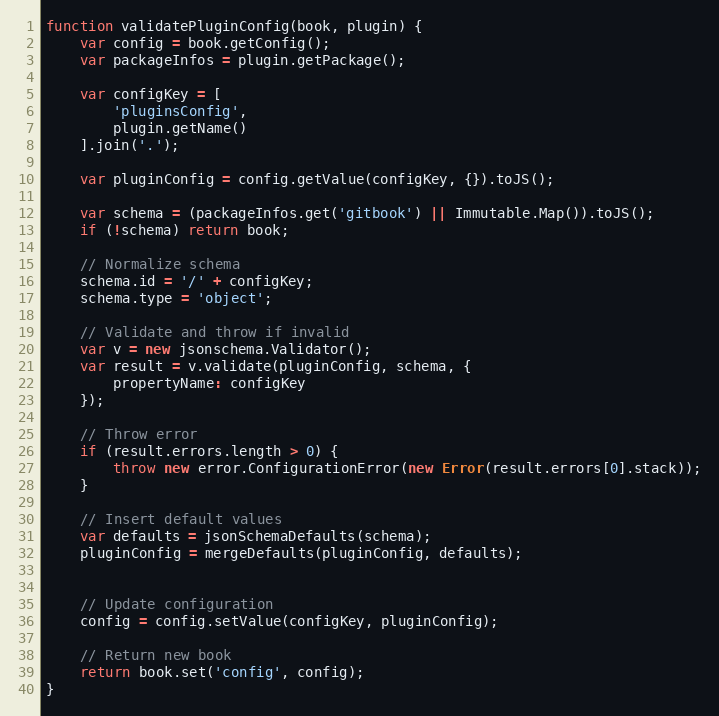
Language: JavaScript
function validatePluginConfig(book, plugin) {
    var config = book.getConfig();
    var packageInfos = plugin.getPackage();

    var configKey = [
        'pluginsConfig',
        plugin.getName()
    ].join('.');

    var pluginConfig = config.getValue(configKey, {}).toJS();

    var schema = (packageInfos.get('gitbook') || Immutable.Map()).toJS();
    if (!schema) return book;

    // Normalize schema
    schema.id = '/' + configKey;
    schema.type = 'object';

    // Validate and throw if invalid
    var v = new jsonschema.Validator();
    var result = v.validate(pluginConfig, schema, {
        propertyName: configKey
    });

    // Throw error
    if (result.errors.length > 0) {
        throw new error.ConfigurationError(new Error(result.errors[0].stack));
    }

    // Insert default values
    var defaults = jsonSchemaDefaults(schema);
    pluginConfig = mergeDefaults(pluginConfig, defaults);

    // Update configuration
    config = config.setValue(configKey, pluginConfig);

    // Return new book
    return book.set('config', config);
}